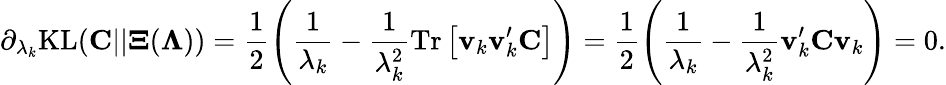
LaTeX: \partial_{\lambda_{k}}\mathrm{KL}({\mathbf C}||{\mathbf\Xi}({\mathbf\Lambda}))=\frac{1}{2}\left(\frac{1}{\lambda_{k}}-\frac{1}{\lambda_{k}^{2}}\mathrm{Tr}\left[{\mathbf v}_{k}{\mathbf v}_{k}^{\prime}{\mathbf C}\right]\right)=\frac{1}{2}\left(\frac{1}{\lambda_{k}}-\frac{1}{\lambda_{k}^{2}}{\mathbf v}_{k}^{\prime}{\mathbf C}{\mathbf v}_{k}\right)=0.